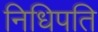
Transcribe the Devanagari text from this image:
निधिपति